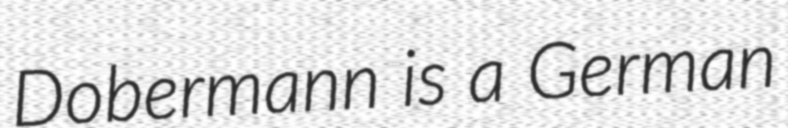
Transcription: Dobermann is a German